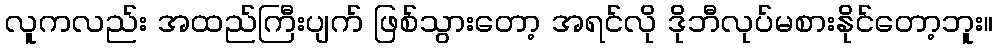
လူကလည်း အထည်ကြီးပျက် ဖြစ်သွားတော့ အရင်လို ဒိုဘီလုပ်မစားနိုင်တော့ဘူး။